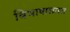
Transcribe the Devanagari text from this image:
विभाषाशास्त्र